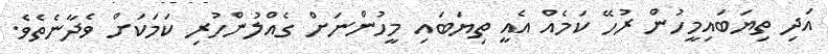
އަދި ތިޔަބައިމީހުން ރުހޭ ކަމެއް އެއީ ތިޔަބައި މީހުންނަށް ގެއްލުންހުރި ކަމަކަށް ވެދާނެތެވެ.